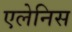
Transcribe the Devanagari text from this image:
एलेनिस